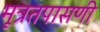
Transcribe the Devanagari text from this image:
मूत्रतपासणी